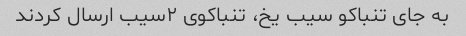
به جای تنباکو سیب یخ، تنباکوی ۲سیب ارسال کردند